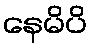
နေမိပိ